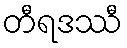
တီရဒဿီ